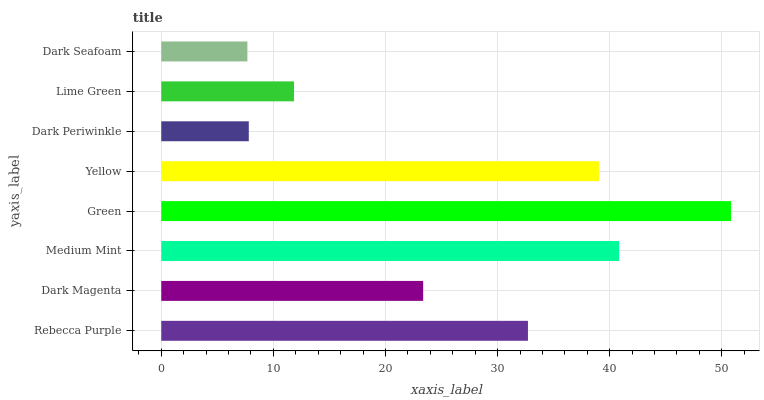
| yaxis_label | bars |
 | --- | --- |
 | Rebecca Purple | 32.7 |
 | Dark Magenta | 23.4 |
 | Medium Mint | 40.8 |
 | Green | 50.8 |
 | Yellow | 39 |
 | Dark Periwinkle | 7.81 |
 | Lime Green | 11.8 |
 | Dark Seafoam | 7.68 |